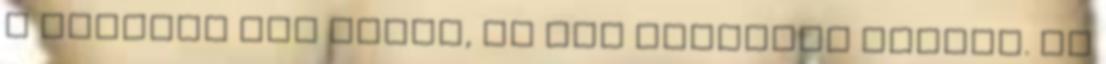
a kalcium nem segít, ez egy hatalmas tévhit. Az